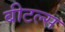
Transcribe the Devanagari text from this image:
बीटल्‍स